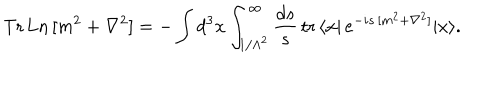
\mathrm { T r \, L n } \, [ m ^ { 2 } + \nabla ^ { 2 } ] = - \int d ^ { 3 } x \int _ { 1 / \Lambda ^ { 2 } } ^ { \infty } \frac { d s } { s } \, \mathrm { t r } \, \langle x | \, e ^ { - i s \, [ m ^ { 2 } + \nabla ^ { 2 } ] } | x \rangle .